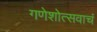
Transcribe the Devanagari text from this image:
गणेशोत्सवाचं